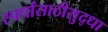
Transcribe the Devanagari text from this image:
स्पर्धांसाठीसुद्धा